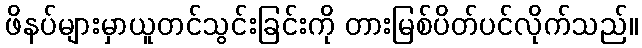
ဖိနပ်များမှာယူတင်သွင်းခြင်းကို တားမြစ်ပိတ်ပင်လိုက်သည်။